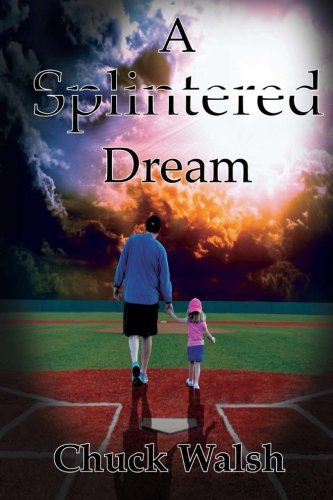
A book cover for A Splintered Dream; Chuck Walsh; Romance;